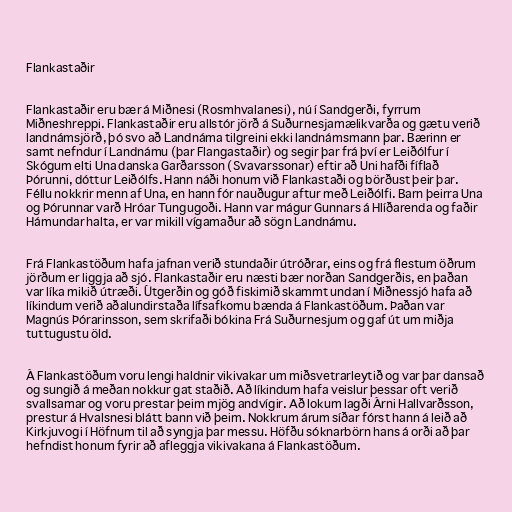
Flankastaðir

Flankastaðir eru bær á Miðnesi (Rosmhvalanesi), nú í Sandgerði, fyrrum
Miðneshreppi. Flankastaðir eru allstór jörð á Suðurnesjamælikvarða og gætu verið
landnámsjörð, þó svo að Landnáma tilgreini ekki landnámsmann þar. Bærinn er
samt nefndur í Landnámu (þar Flangastaðir) og segir þar frá því er Leiðólfur í
Skógum elti Una danska Garðarsson (Svavarssonar) eftir að Uni hafði fíflað
Þórunni, dóttur Leiðólfs. Hann náði honum við Flankastaði og börðust þeir þar.
Féllu nokkrir menn af Una, en hann fór nauðugur aftur með Leiðólfi. Barn þeirra Una
og Þórunnar varð Hróar Tungugoði. Hann var mágur Gunnars á Hlíðarenda og faðir
Hámundar halta, er var mikill vígamaður að sögn Landnámu.

Frá Flankastöðum hafa jafnan verið stundaðir útróðrar, eins og frá flestum öðrum
jörðum er liggja að sjó. Flankastaðir eru næsti bær norðan Sandgerðis, en þaðan
var líka mikið útræði. Útgerðin og góð fiskimið skammt undan í Miðnessjó hafa að
líkindum verið aðalundirstaða lífsafkomu bænda á Flankastöðum. Þaðan var
Magnús Þórarinsson, sem skrifaði bókina Frá Suðurnesjum og gaf út um miðja
tuttugustu öld.

Á Flankastöðum voru lengi haldnir vikivakar um miðsvetrarleytið og var þar dansað
og sungið á meðan nokkur gat staðið. Að líkindum hafa veislur þessar oft verið
svallsamar og voru prestar þeim mjög andvígir. Að lokum lagði Árni Hallvarðsson,
prestur á Hvalsnesi blátt bann við þeim. Nokkrum árum síðar fórst hann á leið að
Kirkjuvogi í Höfnum til að syngja þar messu. Höfðu sóknarbörn hans á orði að þar
hefndist honum fyrir að afleggja vikivakana á Flankastöðum.